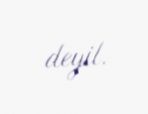
deyil.